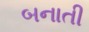
બનાતી